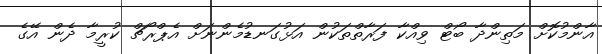
އާންމުކޮށް މަތިންދާ ބޯޓް ވިއްކާ ފަރާތްތަކުން އަޅުގަނޑުމެންނަށް އެޕްރޯޗް ކުރީމާ ދެން އޭގެ